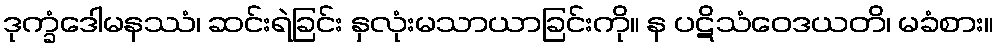
ဒုက္ခံဒေါမနဿံ၊ ဆင်းရဲခြင်း နှလုံးမသာယာခြင်းကို။ န ပဋိသံဝေဒယတိ၊ မခံစား။